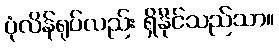
ပုံလိန်ရုပ်လည်း ရှိနိုင်သည်သာ။